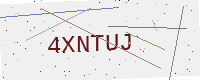
Text: 4XNTUJ